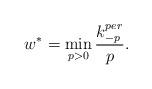
LaTeX: \begin{align*} w^*=\min_{p>0} \frac{k_{-p}^{per}}{p}.\end{align*}